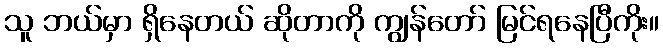
သူ ဘယ်မှာ ရှိနေတယ် ဆိုတာကို ကျွန်တော် မြင်ရနေပြီကိုး။